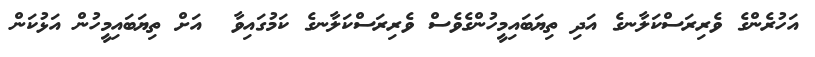
އަހުރެންގެ ވެރިރަސްކަލާނގެ އަދި ތިޔަބައިމީހުންގެވެސް ވެރިރަސްކަލާނގެ ކަމުގައިވާ  އަށް ތިޔަބައިމީހުން އަޅުކަން